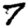
Digit: 7